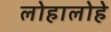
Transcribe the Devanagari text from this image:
लोहालोहे